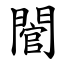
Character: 䦡